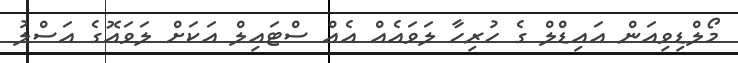
މޯލްޑިވިއަން އައިޑްލް ގެ ހުރިހާ ލަވައެއް އެއް ސްޓައިލް އަކަށް ލަވައޮގެ އަސްލު